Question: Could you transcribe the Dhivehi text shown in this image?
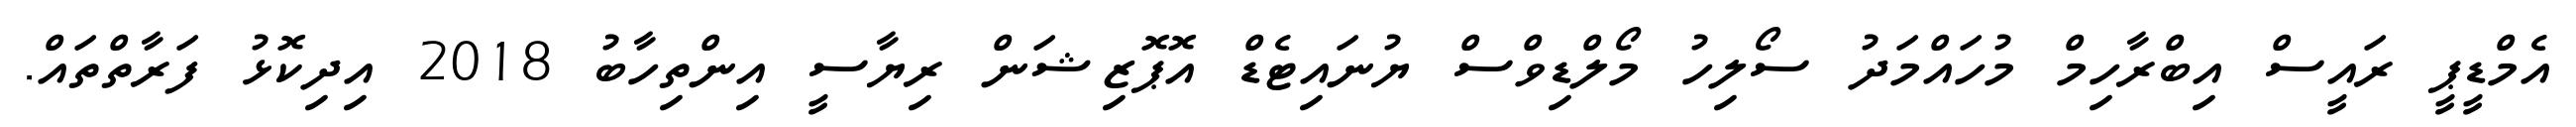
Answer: އެމްޑީޕީ ރައީސް އިބްރާހިމް މުހައްމަދު ސޯލިހު މޯލްޑިވްސް ޔުނައިޓެޑް އޮޕޮޒިޝަން ރިޔާސީ އިންތިހާބު 2018 އިދިކޮޅު ފަރާތްތައް.